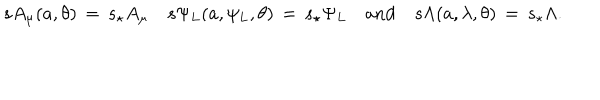
s A _ { \mu } ( a , \theta ) \, = \, s _ { \star } A _ { \mu } \quad s \Psi _ { L } ( a , \psi _ { L } , \theta ) \, = \, s _ { \star } \Psi _ { L } \quad \mathrm { a n d } \quad s \Lambda ( a , \lambda , \theta ) \, = \, s _ { \star } \Lambda .